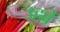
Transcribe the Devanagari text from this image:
उहवें